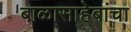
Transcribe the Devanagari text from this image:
बाळासाहेबांचा